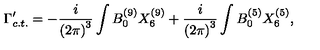
\Gamma _ { c . t . } ^ { \prime } = - { \frac { i } { { ( 2 \pi ) } ^ { 3 } } } \int B _ { 0 } ^ { ( 9 ) } X _ { 6 } ^ { ( 9 ) } + { \frac { i } { { ( 2 \pi ) } ^ { 3 } } } \int B _ { 0 } ^ { ( 5 ) } X _ { 6 } ^ { ( 5 ) } ,